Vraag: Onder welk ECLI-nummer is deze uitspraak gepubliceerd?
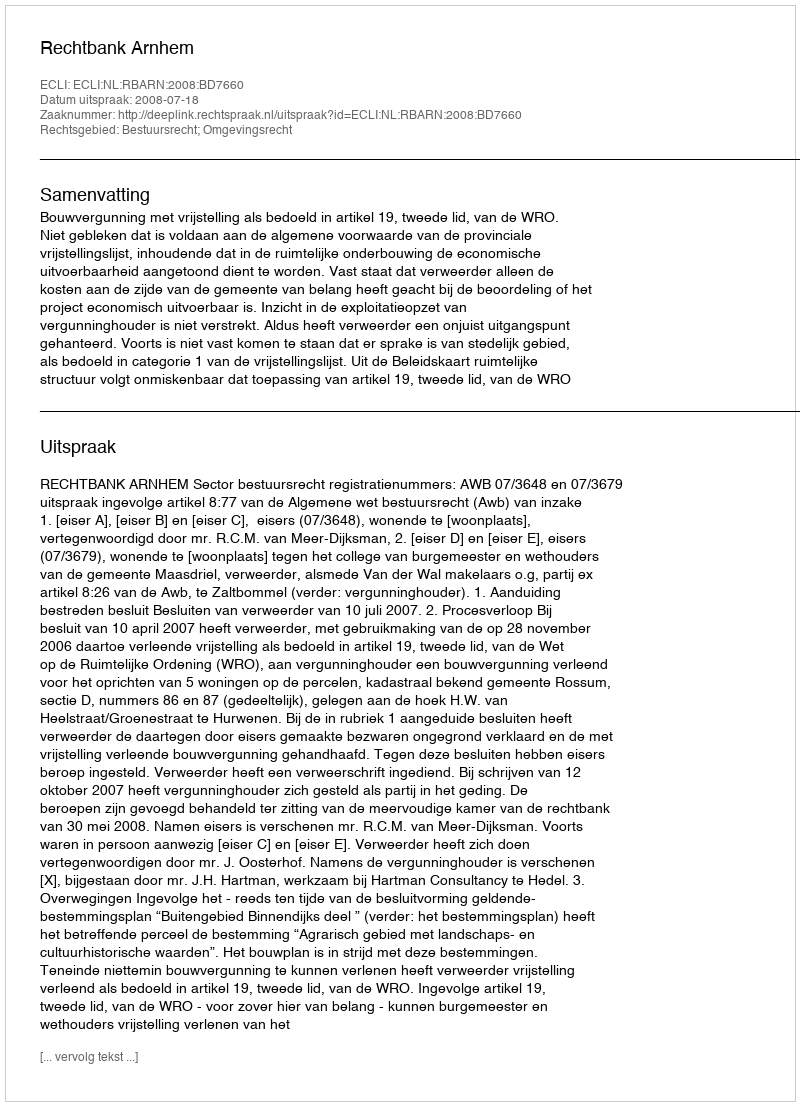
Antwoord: ECLI:NL:RBARN:2008:BD7660